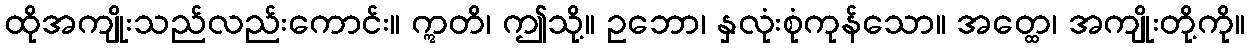
ထိုအကျိုးသည်လည်းကောင်း။ ဣတိ၊ ဤသို့။ ဥဘော၊ နှလုံးစုံကုန်သော။ အတ္ထေ၊ အကျိုးတို့ကို။